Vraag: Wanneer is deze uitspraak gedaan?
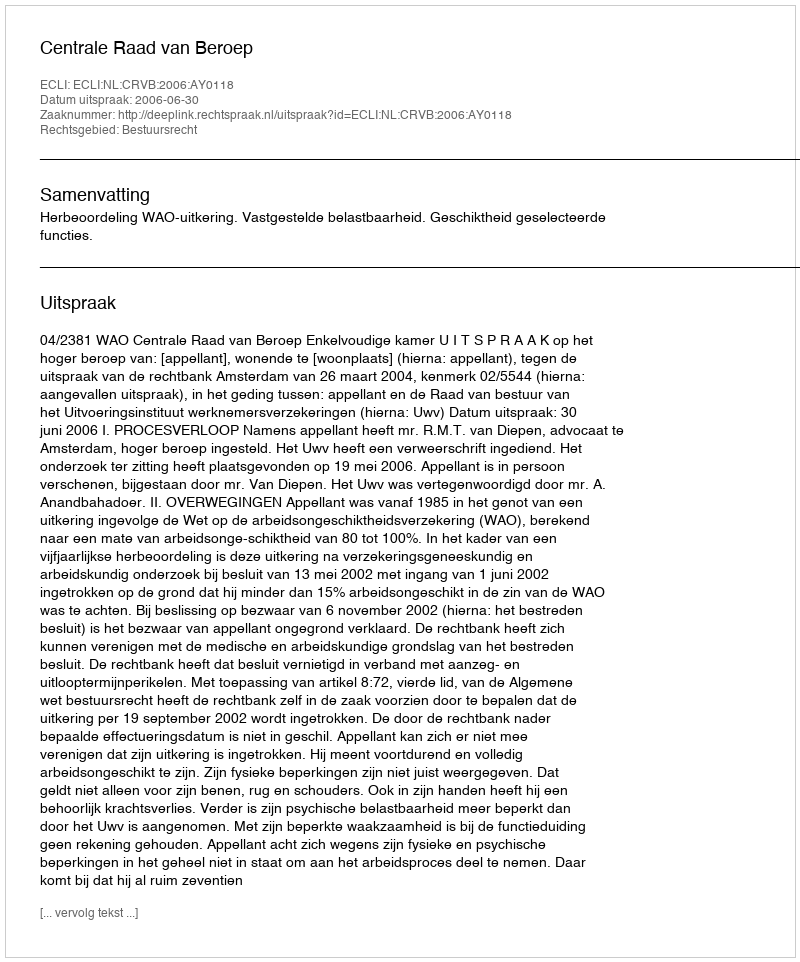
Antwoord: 2006-06-30